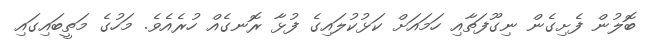
ބޮލުން ފެށިގެން ނިގޫފަތާއި ހަމައަށް ކަޅުކުލައިގެ ފުޅާ ރޮނގެއް ހުރެއެވެ. މަހުގެ މަތީބައިގައި